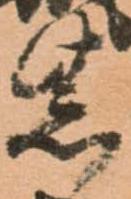
紫